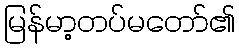
မြန်မာ့တပ်မတော်၏